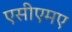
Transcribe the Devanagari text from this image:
एसीएमए